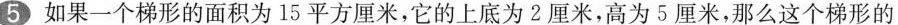
5如果一个梯形的面积为15平方厘米，它的上底为2厘米，高为5厘米，那么这个梯形的